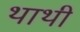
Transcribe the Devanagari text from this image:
थाथी